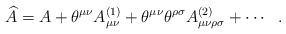
LaTeX: \begin{align*}\widehat{A}=A+\theta^{\mu\nu}A^{(1)}_{\mu\nu}+\theta^{\mu\nu}\theta^{\rho\sigma}A^{(2)}_{\mu\nu\rho\sigma}+\cdots \ \ .\end{align*}